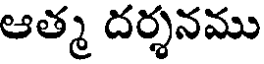
ఆత్మ దర్శనము